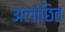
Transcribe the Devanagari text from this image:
अलांछित